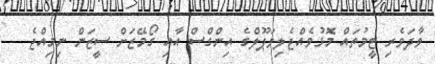
ވާދަވެރި ޓީމުތައް މޮޅުވެއްޖެލިވަޕޫލްގެ އިންގްސް އާއި ގޯމޭޒަށް ސީޒަން ނިމިއްޖެ